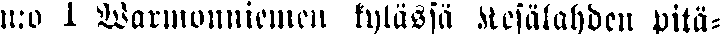
n:o 1 Warmonniemen kylässä Kesälahden pitä-